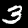
Label: 3